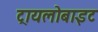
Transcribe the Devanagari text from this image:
ट्रायलोबाइट